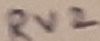
Text: RV2